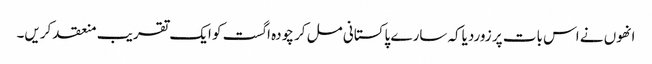
انھوں نے اس بات پر زوردیاکہ سارے پاکستانی مل کر چودہ اگست کو ایک تقریب منعقد کریں۔